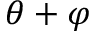
\theta + \varphi